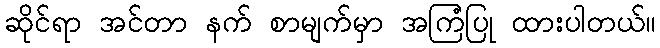
ဆိုင်ရာ အင်တာ နက် စာမျက်မှာ အကြံပြု ထားပါတယ်။